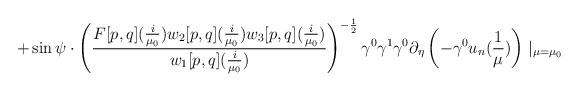
LaTeX: \begin{align*}+\sin\psi\cdot\left(\frac{F[p,q](\frac{i}{\mu_{0}})w_{2}[p,q](\frac{i}{\mu_{0}})w_{3}[p,q](\frac{i}{\mu_{0}})}{w_{1}[p,q](\frac{i}{\mu_{0}})}\right)^{-\frac{1}{2}}\gamma^{0}\gamma^{1}\gamma^{0}\partial_{\eta}\left(-\gamma^{0}u_{n}(\frac{1}{\mu})\right)\mid_{\mu=\mu_{0}} \end{align*}